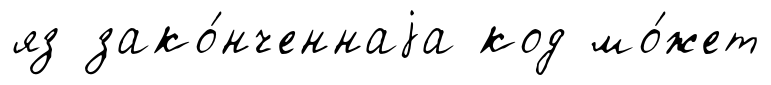
яз зако́нченнаjа код мо́жет